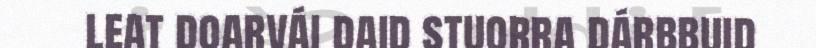
leat doarvái daid stuorra dárbbuid